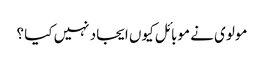
مولوی نے موبائل کیوں ایجاد نہیں کیا ؟